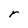
Character: r